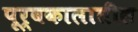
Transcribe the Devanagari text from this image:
पूर्वकालातील